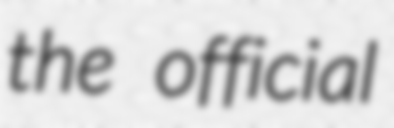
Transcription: the official